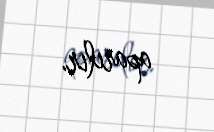
aparılır.